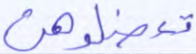
تعضلوهن